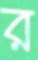
র